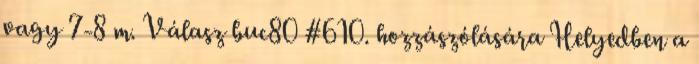
vagy 7-8 m. Válasz buc80 #610. hozzászólására Helyedben a